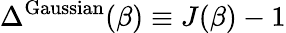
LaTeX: \Delta^{\mathrm{Gaussian}}(\beta)\equiv J(\beta)-1